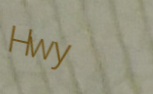
Hwy